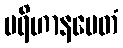
ပရိဟာနမေတံ